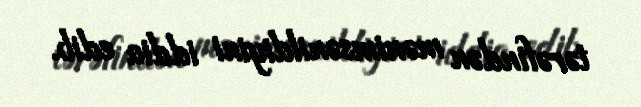
tərəfindən mənimsənildiyini iddia edib.